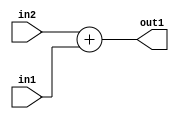
`timescale 1ps / 1ps
/*****************************************************************************
    Verilog RTL Description
    
    
    Created by: Stratus DpOpt 21.05.01 
*******************************************************************************/

module SobelFilter_Add_6Ux5U_6U_4 (
	in2,
	in1,
	out1
	); /* architecture "behavioural" */ 
input [5:0] in2;
input [4:0] in1;
output [5:0] out1;
wire [5:0] asc001;

assign asc001 = 
	+(in2)
	+(in1);

assign out1 = asc001;
endmodule

/* CADENCE  ubD3Sgk= : u9/ySxbfrwZIxEzHVQQV8Q== ** DO NOT EDIT THIS LINE ******/